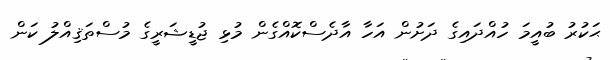
ޙަކުރު ބުއީމަ ހުއްދައިގެ ދަށުން އަހާ އާދެސްކޮއްގެން މުޅި ޖުޑީޝަރީގެ މުސްތަޤިއްލު ކަން